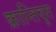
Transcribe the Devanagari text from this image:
क्रान्तिवृत